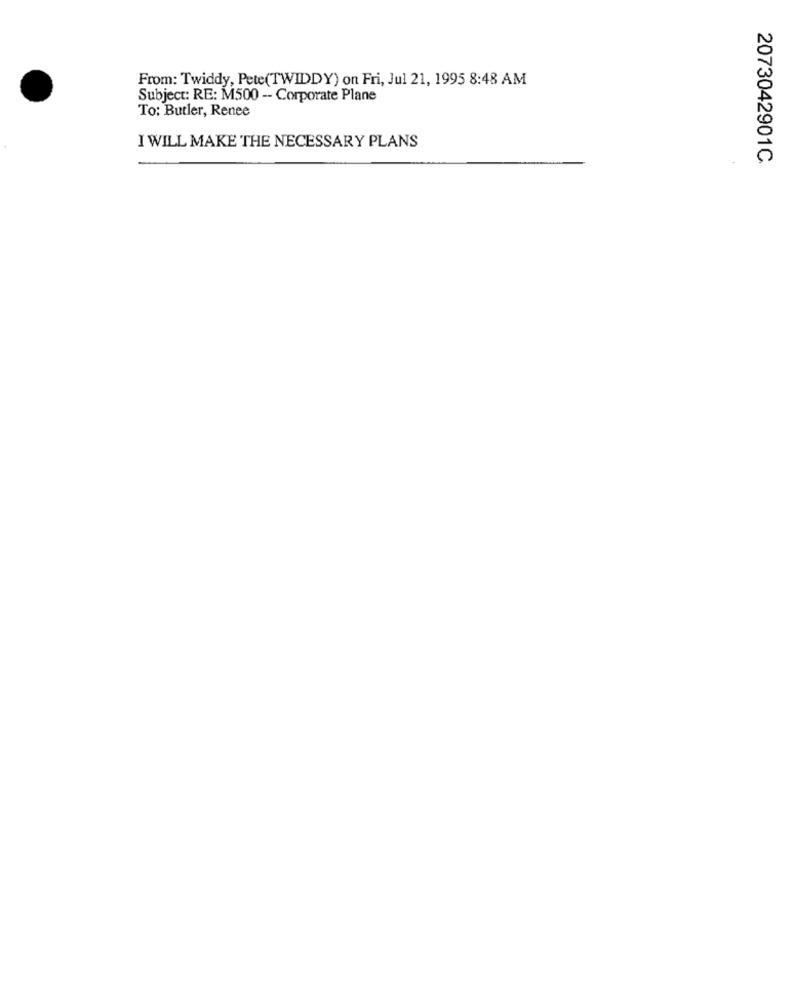
From: Twiddy, Pete(TWIDDY) on Fri, Jul 21, 1995 8:48 AM
Subject: RE: M500 -- Corporate Plane
To: Butler, Renee
I WILL MAKE THE NECESSARY PLANS
2073042901C